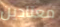
معتادين